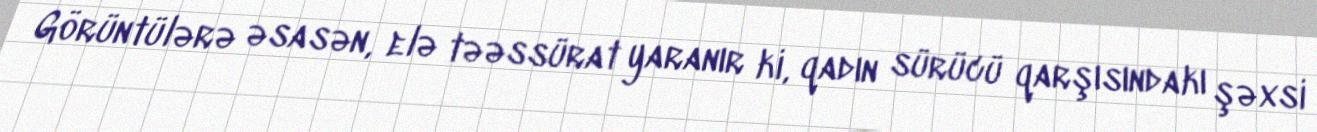
Görüntülərə əsasən, elə təəssürat yaranır ki, qadın sürücü qarşısındakı şəxsi